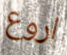
اروع